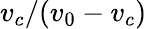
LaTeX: v_{c}/(v_{0}-v_{c})